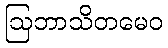
ဩဘာသိတမေဝ